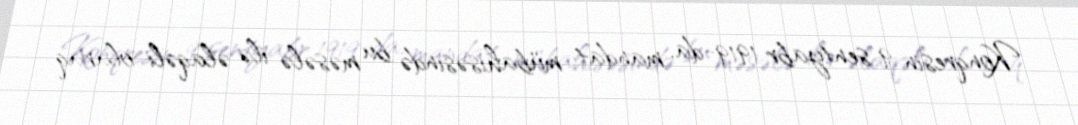
Konqresin 9 sentyabr 1919-da, mandat mübahisəsində bu məsələ ilə əlaqəli olaraq